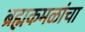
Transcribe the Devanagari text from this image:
ब्रह्मकमळांचा